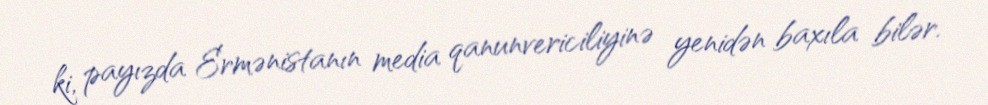
ki, payızda Ermənistanın media qanunvericiliyinə yenidən baxıla bilər.